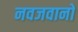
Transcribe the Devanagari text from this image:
नवजवानों